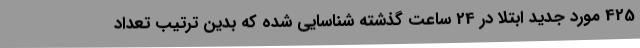
425 مورد جدید ابتلا در 24 ساعت گذشته شناسایی شده که بدین ترتیب تعداد